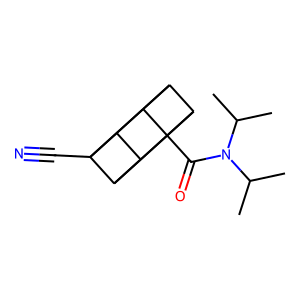
SMILES: CC(C)N(C(=O)C12C3C4C1C1C2C3C41C#N)C(C)C
Inhibits HIV replication: No